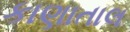
કાણાતાલ